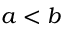
a < b